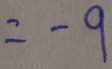
= - 9